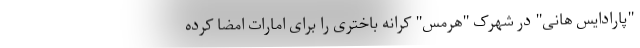
"پارادایس هانی" در شهرک "هرمس" کرانه باختری را برای امارات امضا کرده